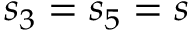
s _ { 3 } = s _ { 5 } = s